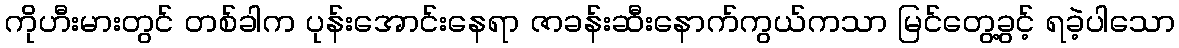
ကိုဟီးမားတွင် တစ်ခါက ပုန်းအောင်းနေရာ ဇာခန်းဆီးနောက်ကွယ်ကသာ မြင်တွေ့ခွင့် ရခဲ့ပါသော